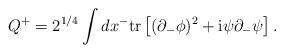
LaTeX: \begin{align*}Q^+ = 2^{1/4} \int dx^- \mbox{tr} \left[ (\partial_- \phi)^2 + {\rm i} \psi \partial_- \psi \right].\end{align*}